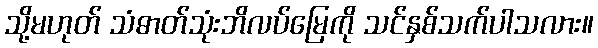
သို့မဟုတ် သံဓာတ်သုံးဘိလပ်မြေကို သင်နှစ်သက်ပါသလား။